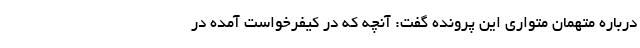
درباره متهمان متواری این پرونده گفت: آنچه که در کیفرخواست آمده در